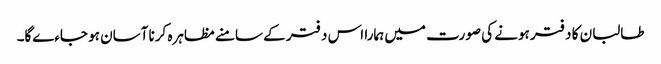
طالبان کا دفتر ہونے کی صورت میں ہمارا اس دفتر کے سامنے مظاہرہ کرنا آسان ہو جاءےگا۔